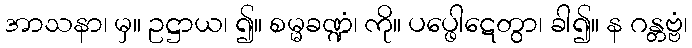
အာသနာ၊ မှ။ ဥဋ္ဌာယ၊ ၍။ စမ္မခဏ္ဍံ၊ ကို။ ပပ္ဖေါဋေတွာ၊ ခါ၍။ န ဂန္တဗ္ဗံ၊